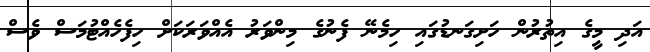
އަދި މީގެ އިތުރުން ހަށިގަނޑުގައި ހިމެނޭ ފެނުގެ މިންވަރު އެއްވަރަކަށް ހިފެހެއްޓުމަސް ވެސް